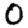
Digit: 0